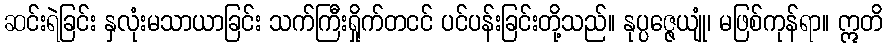
ဆင်းရဲခြင်း နှလုံးမသာယာခြင်း သက်ကြီးရှိုက်တငင် ပင်ပန်းခြင်းတို့သည်။ နုပ္ပဇ္ဇေယျုံ၊ မဖြစ်ကုန်ရာ။ ဣတိ